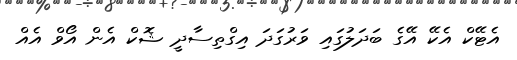
އެޓޭކް އެކޭ އޭގެ ބަދަލުގައި ވަރުގަދަ އިގްތިސާދީ ޝޮކް އެން އޯވް އެއް